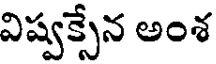
విష్వక్సేన అంశ